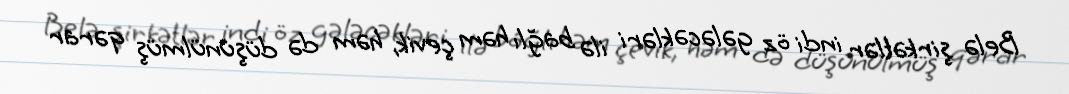
Belə şirkətlər indi öz gələcəkləri ilə bağlı həm çevik, həm də düşünülmüş qərar